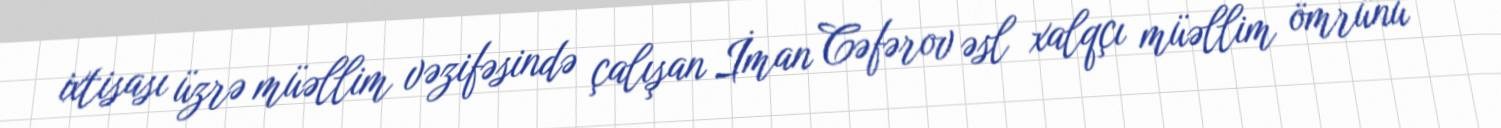
ixtisası üzrə müəllim vəzifəsində çalışan İman Cəfərov əsl xalqçı müəllim ömrünü